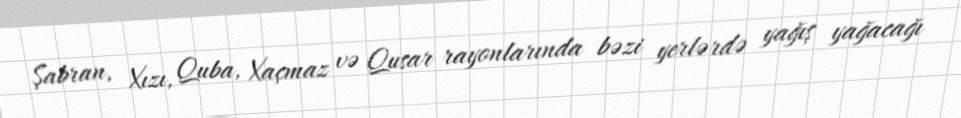
Şabran, Xızı, Quba, Xaçmaz və Qusar rayonlarında bəzi yerlərdə yağış yağacağı